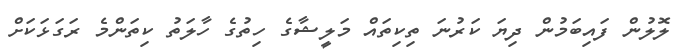
ލޮލުން ފައިބަމުން ދިޔަ ކަރުނަ ތިކިތައް މަލީޝާގެ ހިތުގެ ހާލަތު ކިތަންމެ ރަގަޅަކަށް